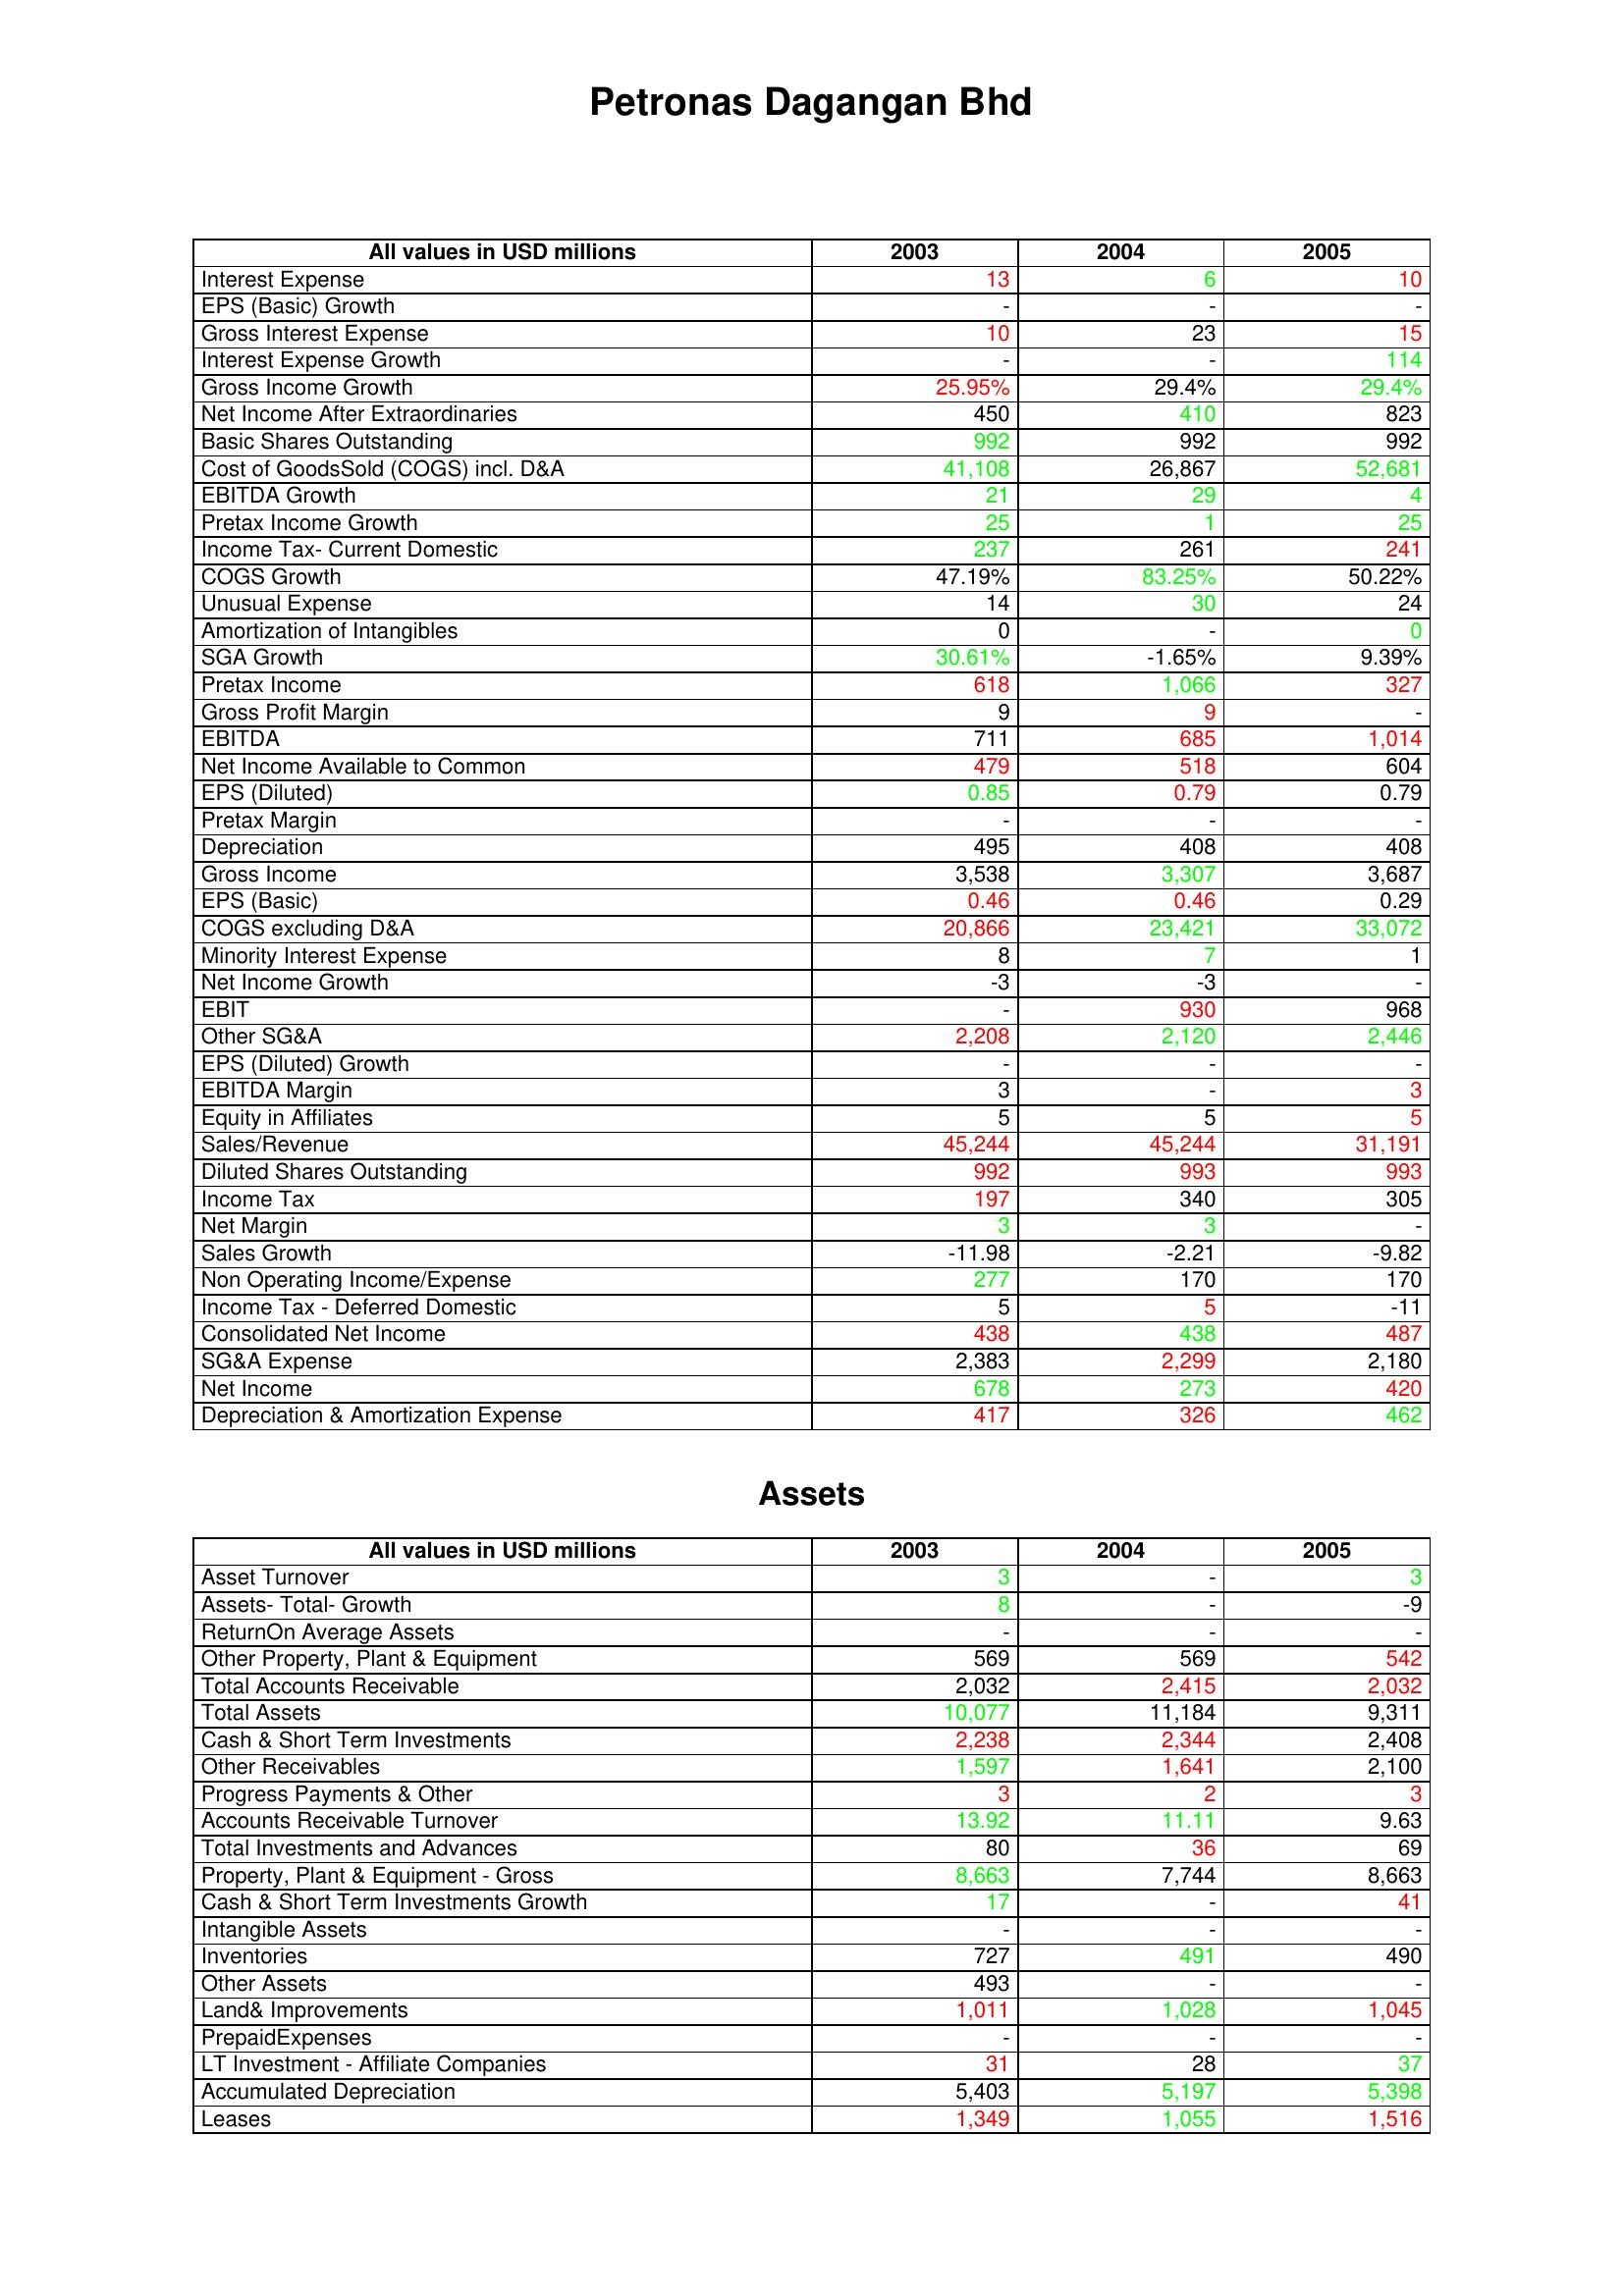
gt_parse: 2003: : Interest Expense: 13
EPS (Basic) Growth: -
Gross Interest Expense: 10
Interest Expense Growth: -
Gross Income Growth: 25.95%
Net Income After Extraordinaries: 450
Basic Shares Outstanding: 992
Cost of GoodsSold (COGS) incl. D&A: 41,108
EBITDA Growth: 21
Pretax Income Growth: 25
Income Tax- Current Domestic: 237
COGS Growth: 47.19%
Unusual Expense: 14
Amortization of Intangibles: 0
SGA Growth: 30.61%
Pretax Income: 618
Gross Profit Margin: 9
EBITDA: 711
Net Income Available to Common: 479
EPS (Diluted): 0.85
Pretax Margin: -
Depreciation: 495
Gross Income: 3,538
EPS (Basic): 0.46
COGS excluding D&A: 20,866
Minority Interest Expense: 8
Net Income Growth: -3
EBIT: -
Other SG&A: 2,208
EPS (Diluted) Growth: -
EBITDA Margin: 3
Equity in Affiliates: 5
Sales/Revenue: 45,244
Diluted Shares Outstanding: 992
Income Tax: 197
Net Margin: 3
Sales Growth: -11.98
Non Operating Income/Expense: 277
Income Tax - Deferred Domestic: 5
Consolidated Net Income: 438
SG&A Expense: 2,383
Net Income: 678
Depreciation & Amortization Expense: 417
Assets: Asset Turnover: 3
Assets- Total- Growth: 8
ReturnOn Average Assets: -
Other Property, Plant & Equipment: 569
Total Accounts Receivable: 2,032
Total Assets: 10,077
Cash & Short Term Investments: 2,238
Other Receivables: 1,597
Progress Payments & Other: 3
Accounts Receivable Turnover: 13.92
Total Investments and Advances: 80
Property, Plant & Equipment - Gross : 8,663
Cash & Short Term Investments Growth: 17
Intangible Assets: -
Inventories: 727
Other Assets: 493
Land& Improvements: 1,011
PrepaidExpenses: -
LT Investment - Affiliate Companies: 31
Accumulated Depreciation: 5,403
Leases: 1,349
2004: : Interest Expense: 6
EPS (Basic) Growth: -
Gross Interest Expense: 23
Interest Expense Growth: -
Gross Income Growth: 29.4%
Net Income After Extraordinaries: 410
Basic Shares Outstanding: 992
Cost of GoodsSold (COGS) incl. D&A: 26,867
EBITDA Growth: 29
Pretax Income Growth: 1
Income Tax- Current Domestic: 261
COGS Growth: 83.25%
Unusual Expense: 30
Amortization of Intangibles: -
SGA Growth: -1.65%
Pretax Income: 1,066
Gross Profit Margin: 9
EBITDA: 685
Net Income Available to Common: 518
EPS (Diluted): 0.79
Pretax Margin: -
Depreciation: 408
Gross Income: 3,307
EPS (Basic): 0.46
COGS excluding D&A: 23,421
Minority Interest Expense: 7
Net Income Growth: -3
EBIT: 930
Other SG&A: 2,120
EPS (Diluted) Growth: -
EBITDA Margin: -
Equity in Affiliates: 5
Sales/Revenue: 45,244
Diluted Shares Outstanding: 993
Income Tax: 340
Net Margin: 3
Sales Growth: -2.21
Non Operating Income/Expense: 170
Income Tax - Deferred Domestic: 5
Consolidated Net Income: 438
SG&A Expense: 2,299
Net Income: 273
Depreciation & Amortization Expense: 326
Assets: Asset Turnover: -
Assets- Total- Growth: -
ReturnOn Average Assets: -
Other Property, Plant & Equipment: 569
Total Accounts Receivable: 2,415
Total Assets: 11,184
Cash & Short Term Investments: 2,344
Other Receivables: 1,641
Progress Payments & Other: 2
Accounts Receivable Turnover: 11.11
Total Investments and Advances: 36
Property, Plant & Equipment - Gross : 7,744
Cash & Short Term Investments Growth: -
Intangible Assets: -
Inventories: 491
Other Assets: -
Land& Improvements: 1,028
PrepaidExpenses: -
LT Investment - Affiliate Companies: 28
Accumulated Depreciation: 5,197
Leases: 1,055
2005: : Interest Expense: 10
EPS (Basic) Growth: -
Gross Interest Expense: 15
Interest Expense Growth: 114
Gross Income Growth: 29.4%
Net Income After Extraordinaries: 823
Basic Shares Outstanding: 992
Cost of GoodsSold (COGS) incl. D&A: 52,681
EBITDA Growth: 4
Pretax Income Growth: 25
Income Tax- Current Domestic: 241
COGS Growth: 50.22%
Unusual Expense: 24
Amortization of Intangibles: 0
SGA Growth: 9.39%
Pretax Income: 327
Gross Profit Margin: -
EBITDA: 1,014
Net Income Available to Common: 604
EPS (Diluted): 0.79
Pretax Margin: -
Depreciation: 408
Gross Income: 3,687
EPS (Basic): 0.29
COGS excluding D&A: 33,072
Minority Interest Expense: 1
Net Income Growth: -
EBIT: 968
Other SG&A: 2,446
EPS (Diluted) Growth: -
EBITDA Margin: 3
Equity in Affiliates: 5
Sales/Revenue: 31,191
Diluted Shares Outstanding: 993
Income Tax: 305
Net Margin: -
Sales Growth: -9.82
Non Operating Income/Expense: 170
Income Tax - Deferred Domestic: -11
Consolidated Net Income: 487
SG&A Expense: 2,180
Net Income: 420
Depreciation & Amortization Expense: 462
Assets: Asset Turnover: 3
Assets- Total- Growth: -9
ReturnOn Average Assets: -
Other Property, Plant & Equipment: 542
Total Accounts Receivable: 2,032
Total Assets: 9,311
Cash & Short Term Investments: 2,408
Other Receivables: 2,100
Progress Payments & Other: 3
Accounts Receivable Turnover: 9.63
Total Investments and Advances: 69
Property, Plant & Equipment - Gross : 8,663
Cash & Short Term Investments Growth: 41
Intangible Assets: -
Inventories: 490
Other Assets: -
Land& Improvements: 1,045
PrepaidExpenses: -
LT Investment - Affiliate Companies: 37
Accumulated Depreciation: 5,398
Leases: 1,516